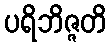
ပရိဘိဇ္ဇတိ